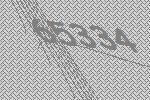
65334